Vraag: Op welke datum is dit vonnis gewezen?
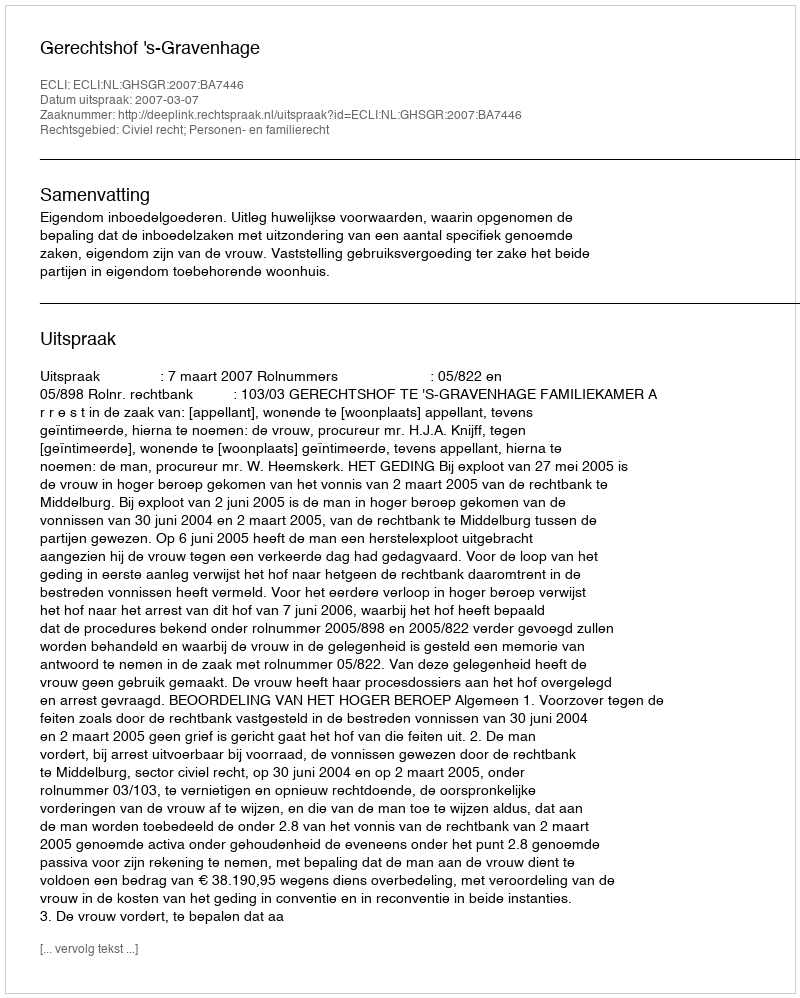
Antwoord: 2007-03-07